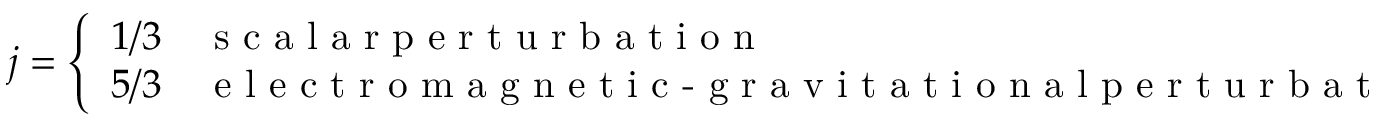
j = \left\{ \begin{array} { c l } { { 1 / 3 } } & { { \textrm { s c a l a r p e r t u r b a t i o n } } } \\ { { 5 / 3 } } & { { \textrm { e l e c t r o m a g n e t i c - g r a v i t a t i o n a l p e r t u r b a t i o n } } } \end{array} \right.